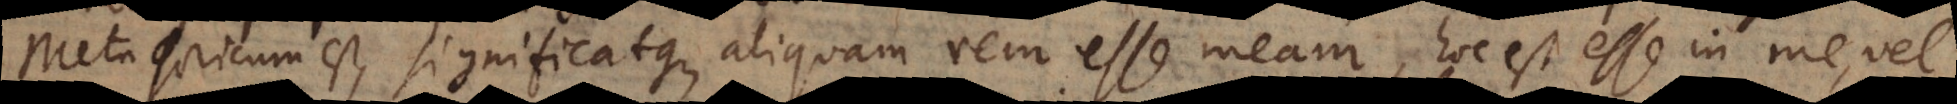
est, significatque aliquam rem esse meam, hoc est esse in me, vel